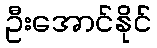
ဦးအောင်နိုင်